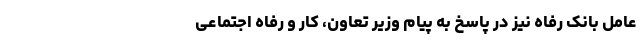
عامل بانک رفاه نیز در پاسخ به پیام وزیر تعاون، کار و رفاه اجتماعی